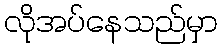
လိုအပ်နေသည်မှာ